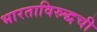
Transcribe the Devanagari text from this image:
भारताविरुद्धची